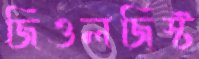
জিওলজিস্ট